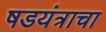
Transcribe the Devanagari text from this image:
षडयंत्राचा